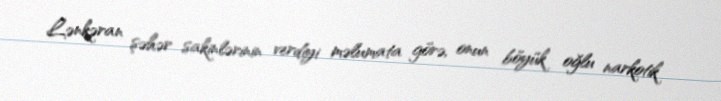
Lənkəran şəhər sakinlərinin verdiyi məlumata görə, onun böyük oğlu narkotik